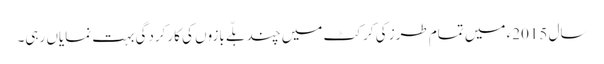
سال 2015ء میں تمام طرز کی کرکٹ میں چند بلّے بازوں کی کارکردگی بہت نمایاں رہی۔